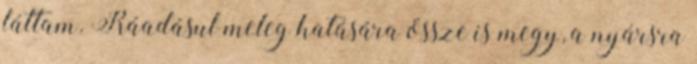
láttam. Ráadásul meleg hatására össze is megy, a nyársra